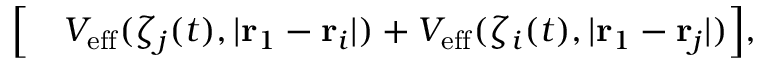
\begin{array} { r l } { \Big [ } & { { } V _ { \mathrm { e f f } } ( \zeta _ { j } ( t ) , | \mathbf { r } _ { 1 } - \mathbf { r } _ { i } | ) + V _ { \mathrm { e f f } } ( \zeta _ { i } ( t ) , | \mathbf { r } _ { 1 } - \mathbf { r } _ { j } | ) \Big ] , } \end{array}